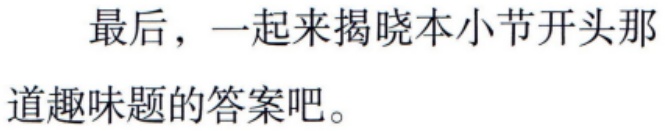
最后，一起来揭晓本小节开头那

道趣味题的答案吧。